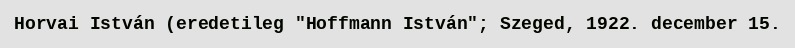
Horvai István (eredetileg "Hoffmann István"; Szeged, 1922. december 15.